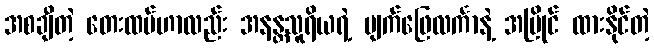
အစချီတဲ့ တေးထပ်ဟာလည်း အနန္တသူရိယရဲ့ မျက်ဖြေလင်္ကာနဲ့ အပြိုင် ထားနိုင်တဲ့